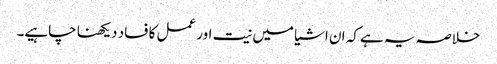
خلاصہ یہ ہے کہ ان اشیا میں نیت اور عمل کا فساد دیکھنا چاہیے۔